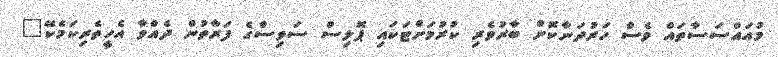
މުއައްސަސާތައް ވެސް ހަރުދަނާކޮށް ބާރުވެރި ކުރުމަށްޓަކައި ޕޮލިސް ސަވިސްގެ ފަރާތުން ދެއްވާ އެހީތެރިކަމެކޭ"